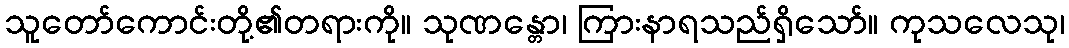
သူတော်ကောင်းတို့၏တရားကို။ သုဏန္တော၊ ကြားနာရသည်ရှိသော်။ ကုသလေသု၊